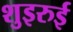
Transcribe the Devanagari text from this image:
शुइरुई